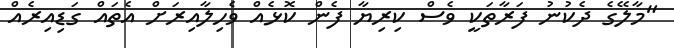
"މާލޭގެ ދެކުނު ފަރާތަކީ ވެސް ކިރިޔާ ފެން ކޮޅެއް ވެހިލާއިރަށް އެތައް ގަޑިއިރެއް